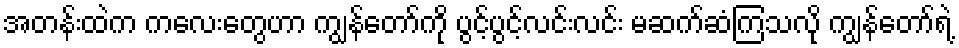
အတန်းထဲက ကလေးတွေဟာ ကျွန်တော်ကို ပွင့်ပွင့်လင်းလင်း မဆက်ဆံကြသလို ကျွန်တော်ရဲ့